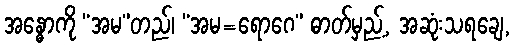
အန္ဓောကို “အမ”တည်၊ “အမ=ရောဂေ” ဓာတ်မှည့်, အဆုံးသရချေ,